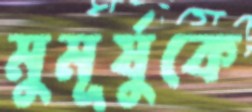
মুমূর্ষুকে